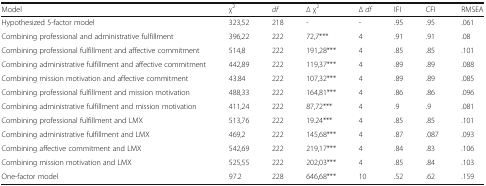
| Model | χ2 | df | ∆ χ2 | ∆ df | IFI | CFI | RMSEA |
 | --- | --- | --- | --- | --- | --- | --- | --- |
 | Hypothesized 5-factor model | 323,52 | 218 | - | - | .95 | .95 | .061 |
 | Combining professional and administrative fulfillment | 396,22 | 222 | 72,7*** | 4 | .91 | .91 | .08 |
 | Combining professional fulfillment and affective commitment | 514,8 | 222 | 191,28*** | 4 | .85 | .85 | .101 |
 | Combining administrative fulfillment and affective commitment | 442,89 | 222 | 119,37*** | 4 | .89 | .89 | .088 |
 | Combining mission motivation and affective commitment | 43.84 | 222 | 107,32*** | 4 | .89 | .89 | .085 |
 | Combining professional fulfillment and mission motivation | 488,33 | 222 | 164,81*** | 4 | .86 | .86 | .096 |
 | Combining administrative fulfillment and mission motivation | 411,24 | 222 | 87,72*** | 4 | .9 | .9 | .081 |
 | Combining professional fulfillment and LMX | 513,76 | 222 | 19.24*** | 4 | .85 | .85 | .101 |
 | Combining administrative fulfillment and LMX | 469,2 | 222 | 145,68*** | 4 | .87 | .087 | .093 |
 | Combining affective commitment and LMX | 542,69 | 222 | 219,17*** | 4 | .84 | .83 | .106 |
 | Combining mission motivation and LMX | 525,55 | 222 | 202,03*** | 4 | .85 | .84 | .103 |
 | One-factor model | 97.2 | 228 | 646,68*** | 10 | .52 | .62 | .159 |